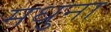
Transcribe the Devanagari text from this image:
मधुना